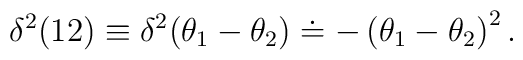
\delta^2(12) \equiv \delta^2(\theta_1 - \theta_2) \doteq - \left  ( \theta_1 - \theta_2\right)^2.